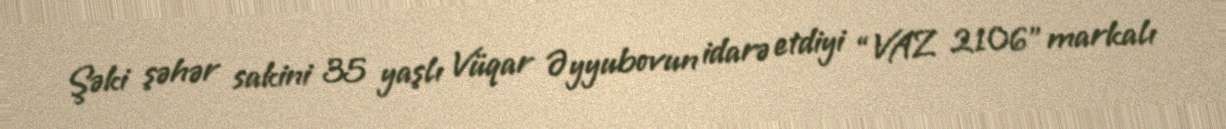
Şəki şəhər sakini 35 yaşlı Vüqar Əyyubovun idarə etdiyi “VAZ 2106” markalı